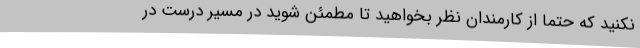
نکنید که حتما از کارمندان نظر بخواهید تا مطمئن شوید در مسیر درست در